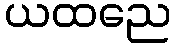
ယထညေ